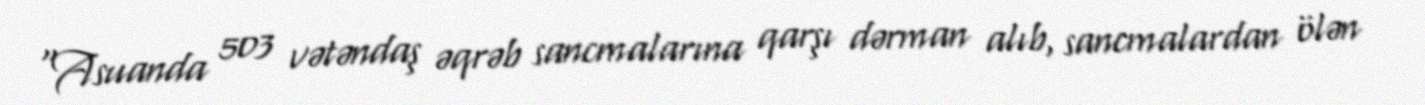
“Asuanda 503 vətəndaş əqrəb sancmalarına qarşı dərman alıb, sancmalardan ölən